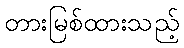
တားမြစ်ထားသည့်